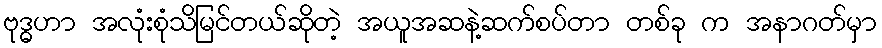
ဗုဒ္ဓဟာ အလုံးစုံသိမြင်တယ်ဆိုတဲ့ အယူအဆနဲ့ဆက်စပ်တာ တစ်ခု က အနာဂတ်မှာ